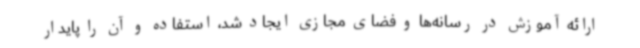
ارائه آموزش در رسانه‌ها و فضای مجازی ایجاد شد، استفاده و آن را پایدار